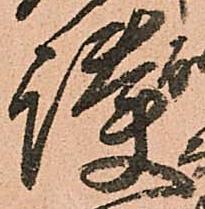
護